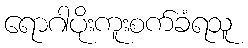
ရောဂါပိုးကူးစက်ခံရသူ